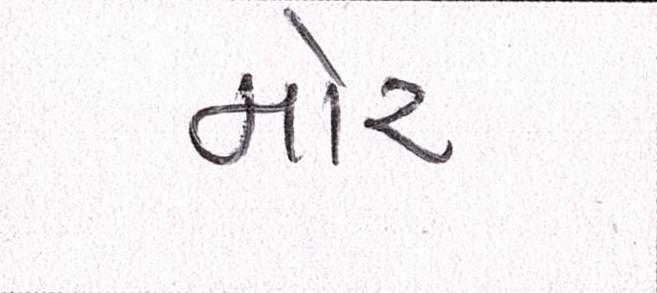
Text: મોર